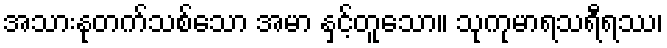
အသားနုတက်သစ်သော အမာ နှင့်တူသော။ သုကုမာရသရီရဿ၊